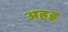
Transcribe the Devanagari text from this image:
अहइ